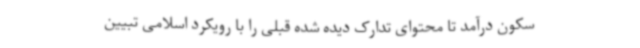
سکون درآمد تا محتوای تدارک دیده شده قبلی را با رویکرد اسلامی تبیین